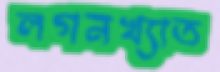
লগনখ্যাত